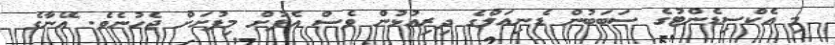
މި އެކްސިޑެންޓުގެ ސަބަބުން ޑެނިއަލްގެ ދިރިއުޅުން ވެސް އެފުށް މިފުށަށް ޖެހުނެވެ. އޭނާގެ